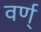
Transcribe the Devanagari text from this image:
वर्ण्